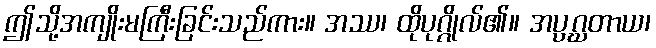
ဤသို့အကျိုးမကြီးခြင်းသည်ကား။ အဿ၊ ထိုပုဂ္ဂိုလ်၏။ အပ္ပဂ္ဃတာယ၊